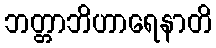
ဘတ္တာဘိဟာရေနာတိ